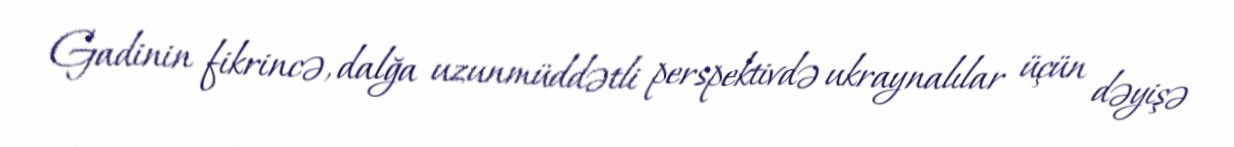
Gadinin fikrincə, dalğa uzunmüddətli perspektivdə ukraynalılar üçün dəyişə